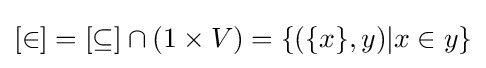
[\in ]=[\subseteq ]\cap (1\times V)=\{(\{x\},y)|x\in y\}